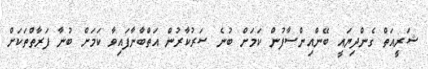
ޝަރީއަތް ގެންދިޔައީ ބޭންއިންސާފުން ކަމަށް ބުނެ ސަރުކާރުން އަތްބާނާފައިވާ ކަމަށް ބުނާ ފަރާތްތަކަށް